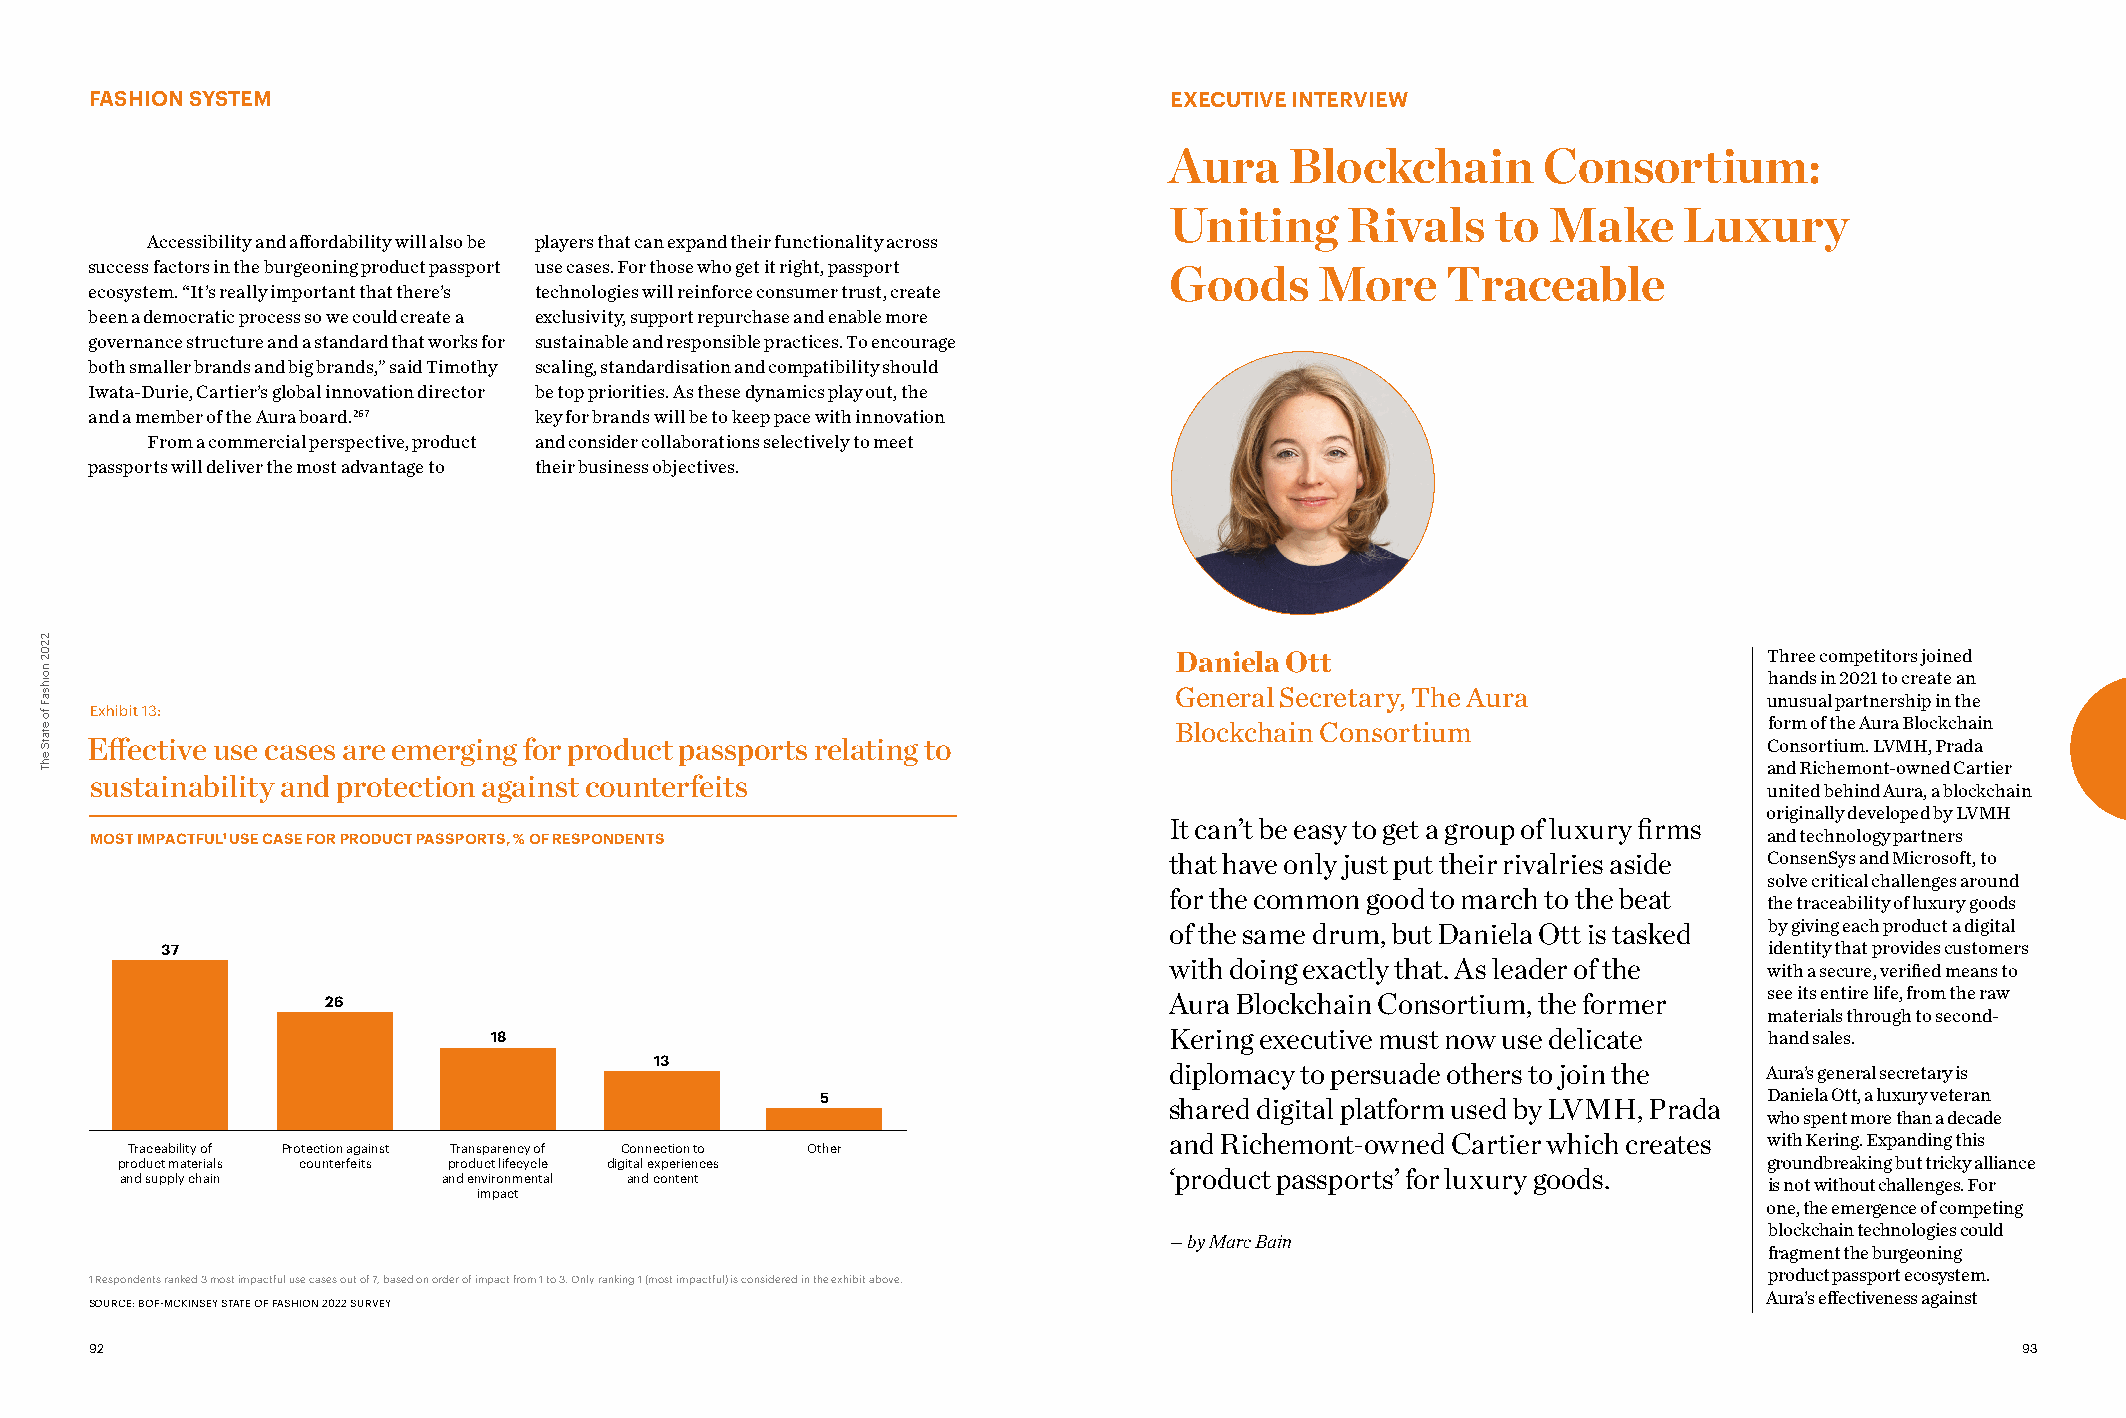
FASHION SYSTEM                                                         EXECUTIVE INTERVIEW
 Aura    Blockchain       Consortium:
 Uniting     Rivals    to  Make    Luxury
 Accessibility and affordability will also be players that can expand their functionality across
 success factors in the burgeoning product passport use cases. For those who get it right, passport
 Goods     More     Traceable
 ecosystem. “It’s really important that there’s technologies will reinforce consumer trust, create
 been a democratic process so we could create a exclusivity, support repurchase and enable more
 governance structure and a standard that works for sustainable and responsible practices. To encourage
 both smaller brands and big brands,” said Timothy scaling, standardisation and compatibility should
 Iwata-Durie, Cartier’s global innovation director be top priorities. As these dynamics play out, the
 and a member of the Aura board.267 key for brands will be to keep pace with innovation
 From a commercial perspective, product and consider collaborations selectively to meet
 passports will deliver the most advantage to their business objectives.
 Daniela Ott                            Three competitors joined
 hands in 2021 to create an
 General Secretary, The Aura
 unusual partnership in the
 Exhibit 13:
 Blockchain Consortium                  form of the Aura Blockchain
 Effective use cases are emerging for product passports relating to                                             Consortium. LVMH, Prada
 and Richemont-owned Cartier
 sustainability and protection against counterfeits
 united behind Aura, a blockchain
 originally developed by LVMH
 It can’t be easy to get a group of luxury firms
 MOST IMPACTFUL1 USE CASE FOR PRODUCT PASSPORTS, % OF RESPONDENTS                                               and technology partners
 that have only just put their rivalries aside ConsenSys and Microsoft, to
 solve critical challenges around
 for the common good to march to the beat
 the traceability of luxury goods
 of the same drum, but Daniela Ott is tasked by giving each product a digital
 37                                                                                                        identity that provides customers
 with doing exactly that. As leader of the
 with a secure, verified means to
 26                                                     Aura Blockchain Consortium, the former  see its entire life, from the raw
 materials through to second-
 18                                           Kering executive must now use delicate  hand sales.
 13
 diplomacy to persuade others to join the Aura’s general secretary is
 5                      shared digital platform used by LVMH, Prada Daniela Ott, a luxury veteran
 who spent more than a decade
 and Richemont-owned Cartier which creates with Kering. Expanding this
 Traceability of Protection against Transparency of Connection to Other
 product materials counterfeits product lifecycle digital experiences                                         groundbreaking but tricky alliance
 and supply chain     and environmental and content                   ‘product passports’ for luxury goods.   is not without challenges. For
 impact
 one, the emergence of competing
 blockchain technologies could
 — by Marc Bain
 fragment the burgeoning
 1 Respondents ranked 3 most impactful use cases out of 7, based on order of impact from 1 to 3. Only ranking 1 (most impactful) is considered in the exhibit above. product passport ecosystem.
 Aura’s effectiveness against
 SOURCE: BOF-MCKINSEY STATE OF FASHION 2022 SURVEY
 92                                                                                                                              93
 2202
 noihsaF
 fo
 etatS
 ehT